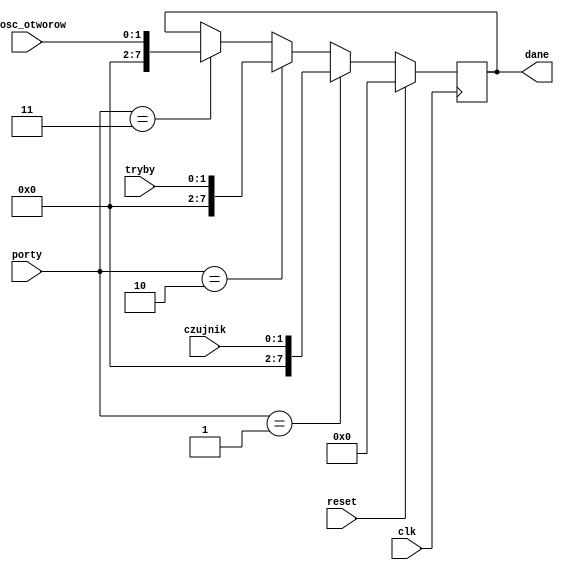
`timescale 1ns / 1ps
//////////////////////////////////////////////////////////////////////////////////
// Company: 
// Engineer: 
// 
// Design Name: 
// Module Name: multiplexer
// Project Name: 
// Target Devices: 
// Tool Versions: 
// Description: 
// 
// Dependencies: 
// 
// Revision:
// Revision 0.01 - File Created
// Additional Comments:
// 
//////////////////////////////////////////////////////////////////////////////////


module multiplexer(
input [1:0] czujnik, 
input reset, clk,
input [1:0] tryby,
input [1:0] ilosc_otworow,
input [7:0] porty,
output reg [7:0] dane
    );
    always @(posedge clk)begin
    if (reset) dane<=8'b00000000;
    else if(porty==1) dane<=czujnik;
    else if(porty==2) dane<=tryby;
    else if(porty==3) dane<=ilosc_otworow;
    end
    
endmodule